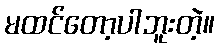
မထင်တော့ပါဘူးတဲ့။